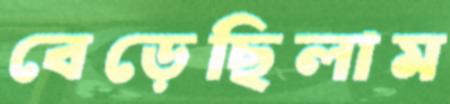
বেড়েছিলাম